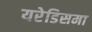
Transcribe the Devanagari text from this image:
यरेडिसमा